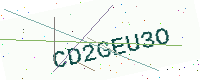
Text: CD2GEU3O